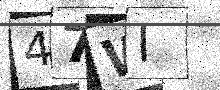
Text: 47WI